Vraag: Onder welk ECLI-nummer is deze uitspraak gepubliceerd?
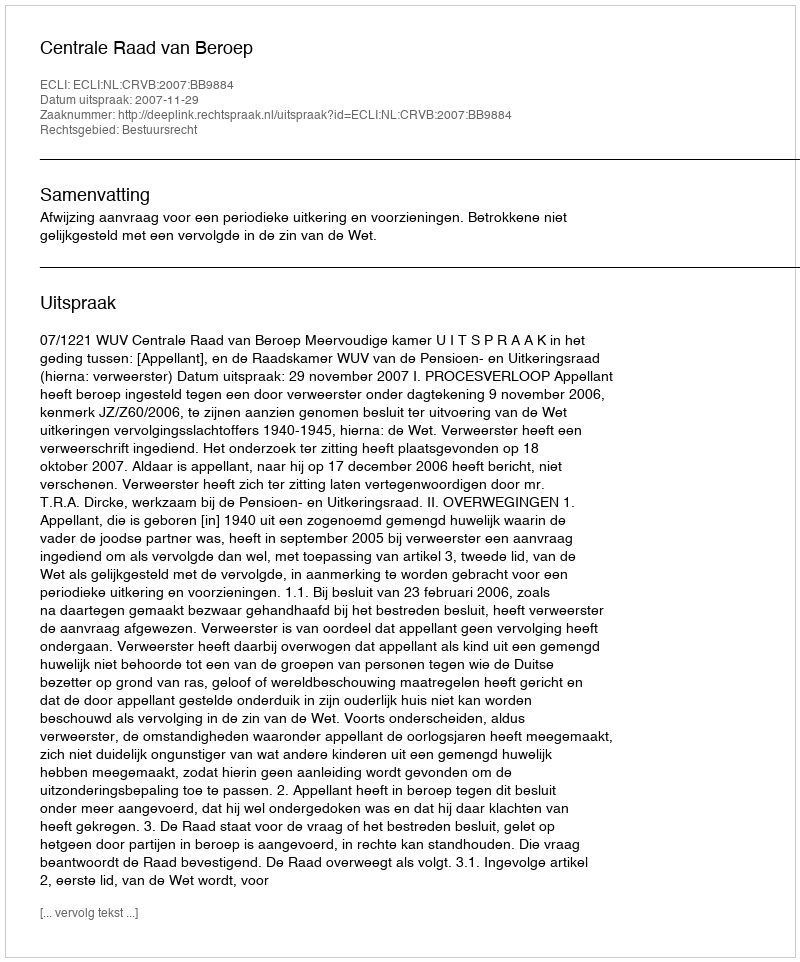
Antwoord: ECLI:NL:CRVB:2007:BB9884